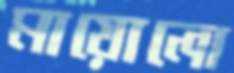
মায়োলো